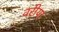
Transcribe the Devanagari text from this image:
वरीया